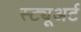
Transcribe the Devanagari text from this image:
स्ट्यूअर्ट